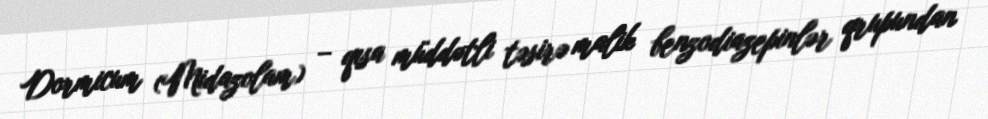
Dormicum (Midazolam) – qısa müddətli təsirə malik benzodiazepinlər qrupundan